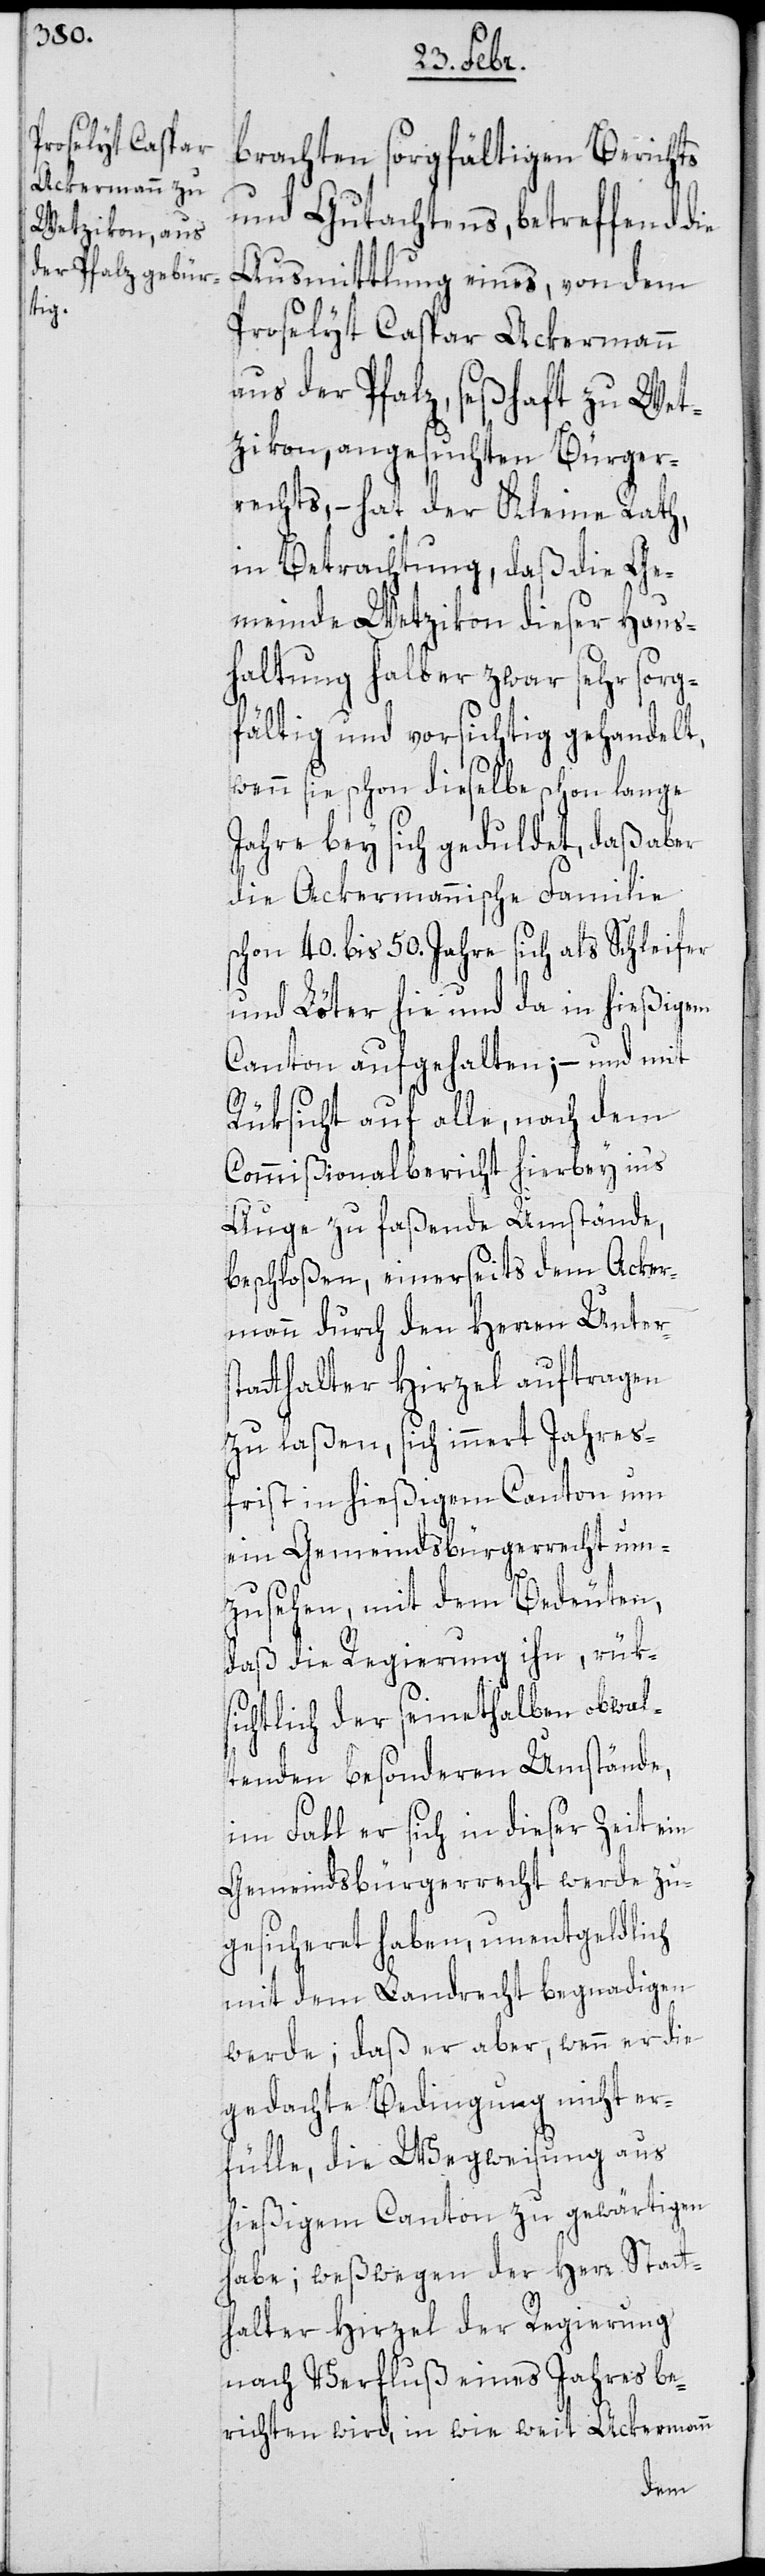
brachten sorgfältigen Berichts
und Gutachtens, betreffend die
Ausmittlung eines, von dem
Proselyt Caspar Ackermann
aus der Pfalz, seßhaft zu Wet¬
zikon, angesuchten Bürger¬
rechts, – hat der Kleine Rath,
in Betrachtung, daß die Ge¬
meinde Wetzikon dieser Haus¬
haltung halber zwar sehr sorg¬
fältig und vorsichtig gehandelt,
wenn sie schon dieselbe schon lange
Jahre bey sich geduldet, daß aber
die Ackermannische Familie
schon 40. bis 50. Jahre sich als Schleifer
und Löter hie und da in hießigem
Canton aufgehalten; – und mit
Rüksicht auf alle, nach dem
Commißionalbericht hierbey in’s
Auge zu faßende Umstände,
beschloßen, einerseits dem Acker¬
mann durch den Herren Unters¬
tatthalter Hirzel auftragen
zu laßen, sich innert Jahres¬
frist in hießigem Canton um
ein Gemeindsbürgerrecht um¬
zusehen, mit dem Bedeuten,
daß die Regierung ihn, rük¬
sichtlich der seinethalben obwal¬
tenden besonderen Umstände,
im Fall er sich in dieser Zeit ein
Gemeindsbürgerrecht werde zu¬
gesicheret haben, unentgeldlich
mit dem Landrecht begnadigen
werde; daß er aber, wenn er die
gedachte Bedingung nicht er¬
fülle, die Wegweisung aus
hießigem Canton zu gewärtigen
habe; weßwegen der Herr Statt¬
halter Hirzel der Regierung
nach Verfluß eines Jahres be¬
richten wird, in wie weit Ackermann